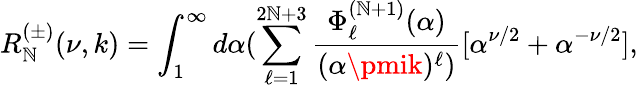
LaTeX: R_{\mathbb{N}}^{(\pm)}(\nu,k)=\int_{1}^{\infty}d\alpha(\sum_{\ell=1}^{2\mathbb{N}+3}\frac{{\Phi_{\ell}^{(\mathbb{N}+1)}(\alpha)}}{{(\alpha\pmik)^{\ell})}}[\alpha^{\nu/2}+\alpha^{-\nu/2}],